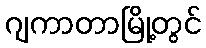
ဂျကာတာမြို့တွင်